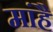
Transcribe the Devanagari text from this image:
मांहै